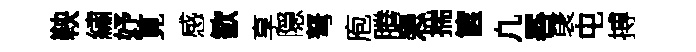
鞅繡妤莧感歓享隠弩庖腾患揣篋凢晷裦屯搏